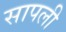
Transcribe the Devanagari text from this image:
सापली